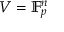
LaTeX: V = \mathbb { F } _ { p } ^ { n }